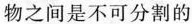
物之间是不可分割的